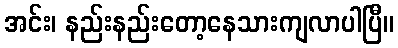
အင်း၊ နည်းနည်းတော့နေသားကျလာပါပြီ။